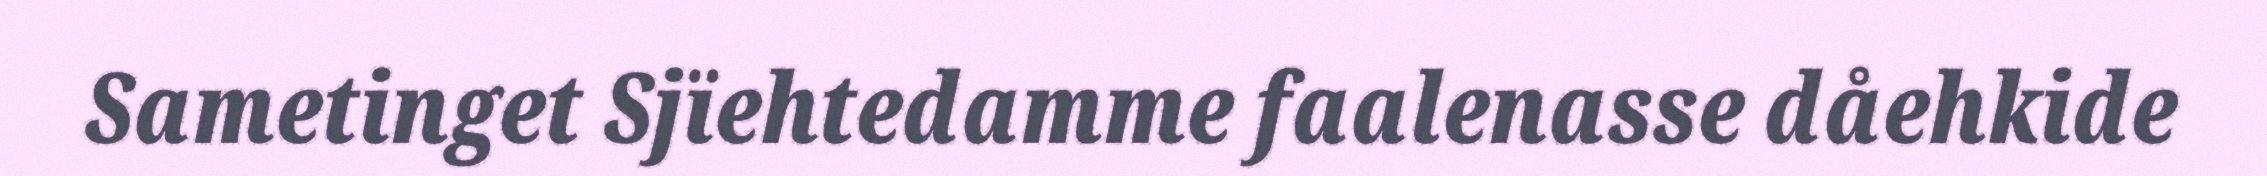
Sametinget Sjïehtedamme faalenasse dåehkide